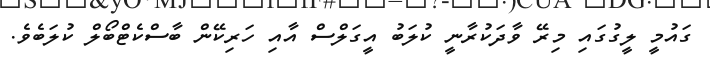
ގައުމީ ލީގުގައި މިރޭ ވާދަކުރާނީ ކުލަބު އީގަލްސް އާއި ހަރިކޭން ބާސްކެޓްބޯލް ކުލަބެވެ.